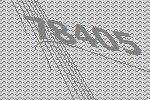
78405